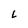
Character: L